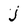
Character: j